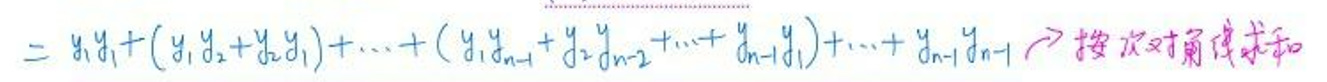

\[= y_1y_1 + (y_1y_2 + y_2y_1) + \cdots + (y_1y_{n - 1} + y_2y_{n - 2} + \cdots + y_{n - 1}y_1) + \cdots + y_{n - 1}y_{n - 1} \Rightarrow \]按次对角线求和